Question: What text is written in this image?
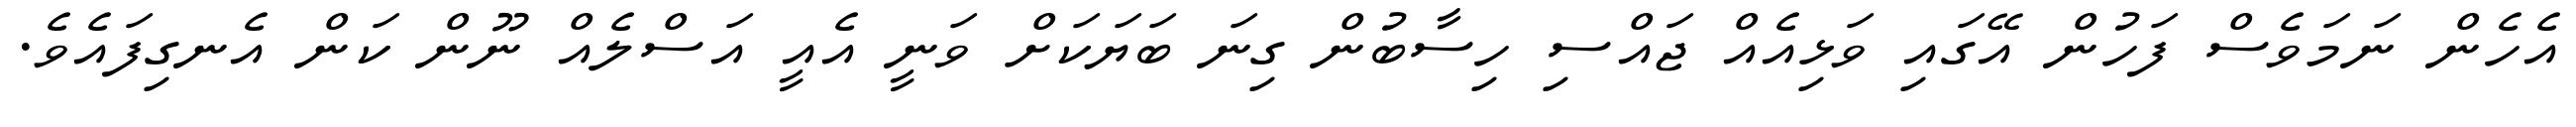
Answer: އެހެން ނަމަވެސް ފަހުން އޭގައި ވަޅިއެއް ޖައްސި ހިސާބުން ގިނަ ބަޔަކަށް ވަނީ އެއީ އަސްލެއް ނޫން ކަން އެނގިފައެވެ.